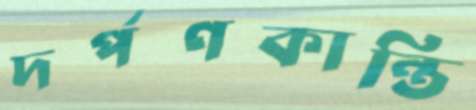
দর্পণকান্তি